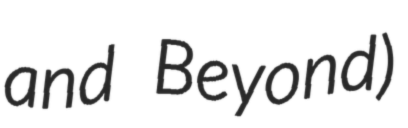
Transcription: and Beyond)